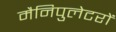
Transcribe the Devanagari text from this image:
मैनिपुलेटरों